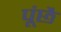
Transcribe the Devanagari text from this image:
पूंछै